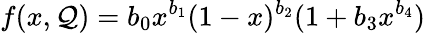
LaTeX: f(x,\mathcal{Q})=b_{0}x^{b_{1}}(1-x)^{b_{2}}(1+b_{3}x^{b_{4}})